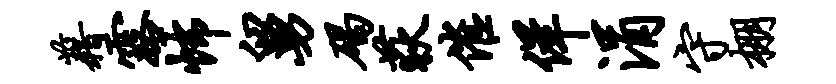
藉露怖舅碣荻催佯涓守棚